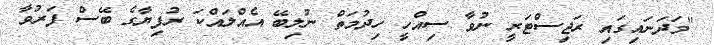
"މަދަނައިގައި ރަޖިސްޓަރީ ނުވާ ސިއްހީ ހިދުމަތް ނުލިބޭ އެއްލައްކަ ރުފިޔާގެ ބޭސް ފަރުވާ